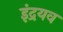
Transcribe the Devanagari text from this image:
इंद्रयव